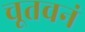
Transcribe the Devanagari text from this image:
चूतवनं